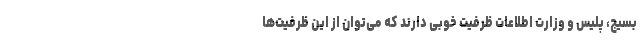
بسیج، پلیس و وزارت اطلاعات ظرفیت خوبی دارند که می‌توان از این ظرفیت‌ها